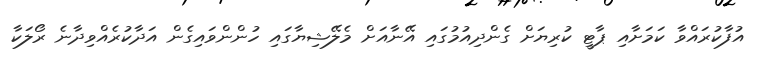
އުފާކުރައްވާ ކަމަށާއި ޕާޓީ ކުރިޔަށް ގެންދިއުމުގައި އޭނާއަށް މެލޭޝިޔާގައި ހުންންވައިގެން އަދާކުރެއްވިދާނެ ރޯލަކާ